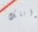
رأيتك